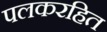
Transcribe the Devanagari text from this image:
पलकरहित